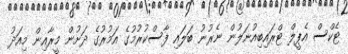
ޓެކްސް އެޕީލް ޓްރައިބިއުނަލުން ނެރުނު ބަލައި ފާސްކުރުމުގެ އަމުރުގެ ދަށުން މީރާއިން މިއަދު